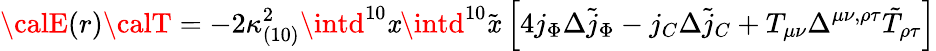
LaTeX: {\calE}(r){\calT}=-2\kappa_{(10)}^{2}\intd^{10}\mathit{x}\intd^{10}{\tilde{{\mathit{x}}}}\ \Bigl[4j_{\Phi}\Delta{\tilde{{j}}_{\Phi}}-j_{C}\Delta{\tilde{{j}}_{C}}+T_{\mu\nu}\Delta^{\mu\nu,\rho\tau}{\tilde{{T}}}_{\rho\tau}\Bigr]